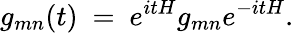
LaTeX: g_{mn}(t)~=~e^{itH}g_{mn}e^{-itH}.